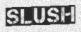
SLUSH